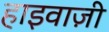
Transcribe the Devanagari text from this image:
हाइवाज़ी